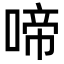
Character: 啼